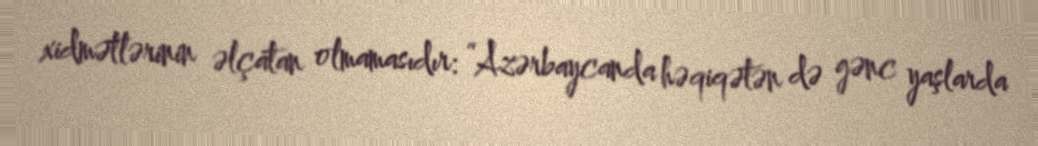
xidmətlərinin əlçatan olmamasıdır: “Azərbaycanda həqiqətən də gənc yaşlarda